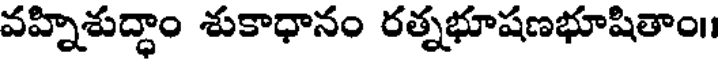
వహ్నిశుద్ధాం శుకాధానం రత్నభూషణభూషితాం